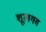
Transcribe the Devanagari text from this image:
शूलगव